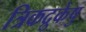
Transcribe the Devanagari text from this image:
त्रिकद्रुकेषु